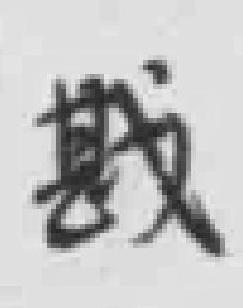
戡